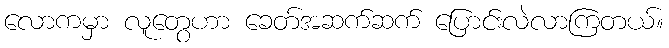
လောကမှာ လူတွေဟာ ခေတ်အဆက်ဆက် ပြောင်းလဲလာကြတယ်။